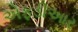
એફડીઆર